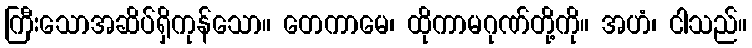
ကြီးသောအဆိပ်ရှိကုန်သော။ တေကာမေ၊ ထိုကာမဂုဏ်တို့ကို။ အဟံ၊ ငါသည်။